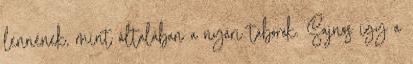
lennének, mint általában a nyári táborok. Sajnos így a